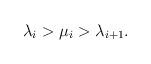
LaTeX: \begin{align*}\lambda_i> \mu_i> \lambda_{i+1}.\end{align*}